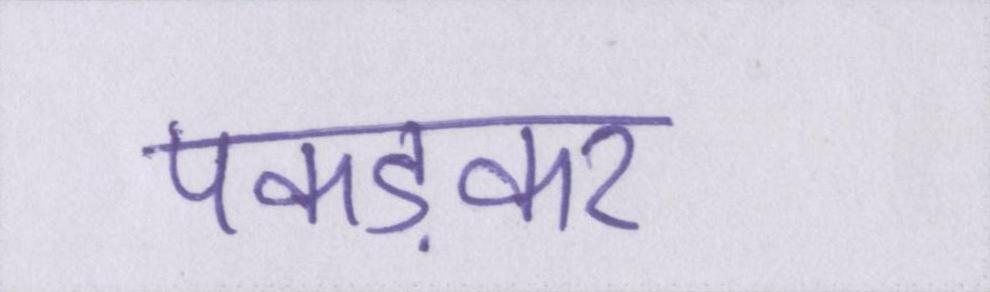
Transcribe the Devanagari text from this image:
पकड़कर